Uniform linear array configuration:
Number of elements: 64
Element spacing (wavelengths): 1
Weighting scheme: exponential
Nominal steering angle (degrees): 45
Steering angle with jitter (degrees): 46.409
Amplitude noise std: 0.05
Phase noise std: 0.05

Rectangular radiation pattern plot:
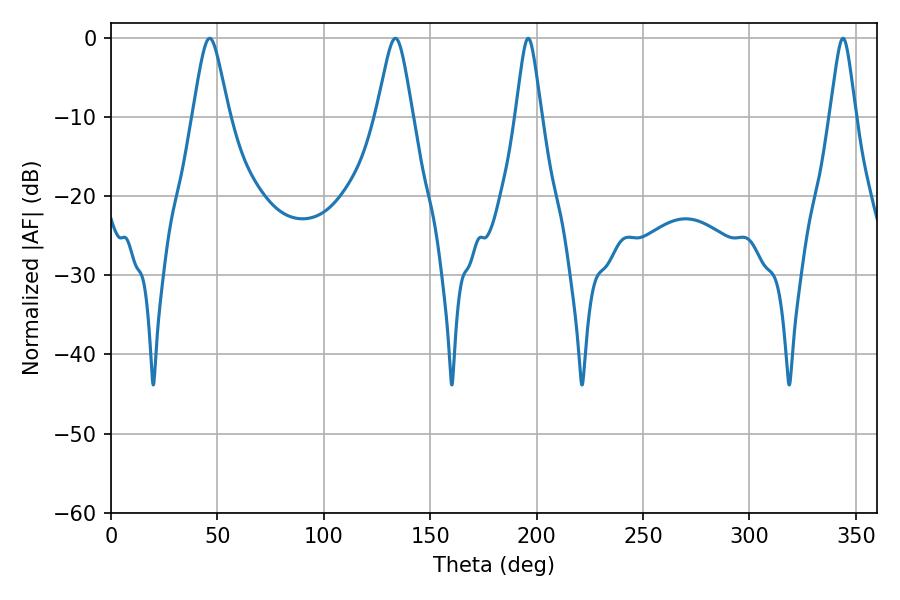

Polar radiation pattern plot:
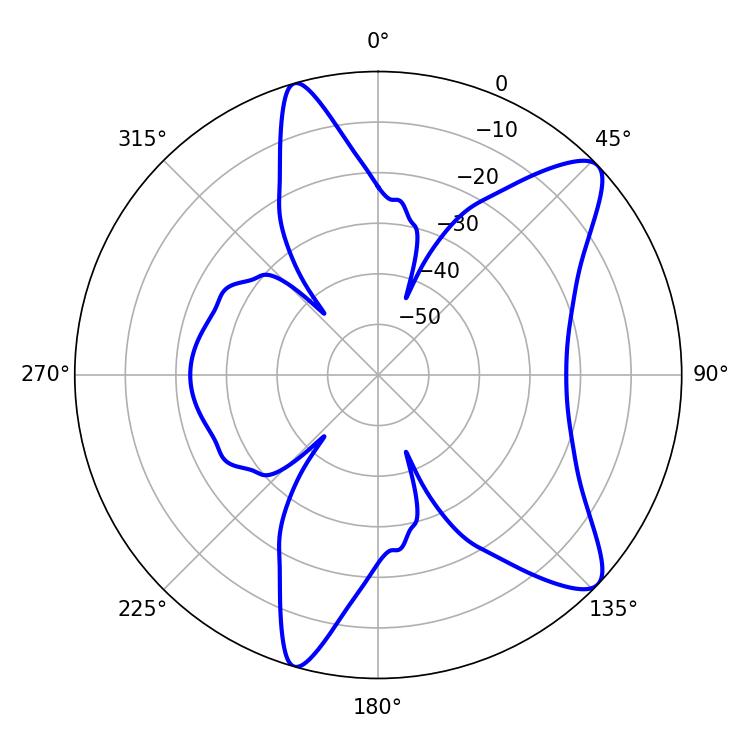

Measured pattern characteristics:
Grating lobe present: TRUE
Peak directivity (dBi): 10.305
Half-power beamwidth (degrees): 5.76
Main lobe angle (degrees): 196.02